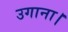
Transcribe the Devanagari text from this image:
उगाना।